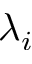
\lambda _ { i }